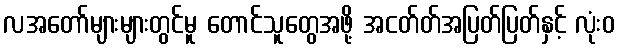
လအတော်များများတွင်မူ တောင်သူတွေအဖို့ အငတ်တ်အပြတ်ပြတ်နှင့် လုံးဝ